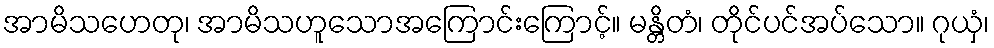
အာမိသဟေတု၊ အာမိသဟူသောအကြောင်းကြောင့်။ မန္တိတံ၊ တိုင်ပင်အပ်သော။ ဂုယှံ၊